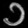
Digit: ၁